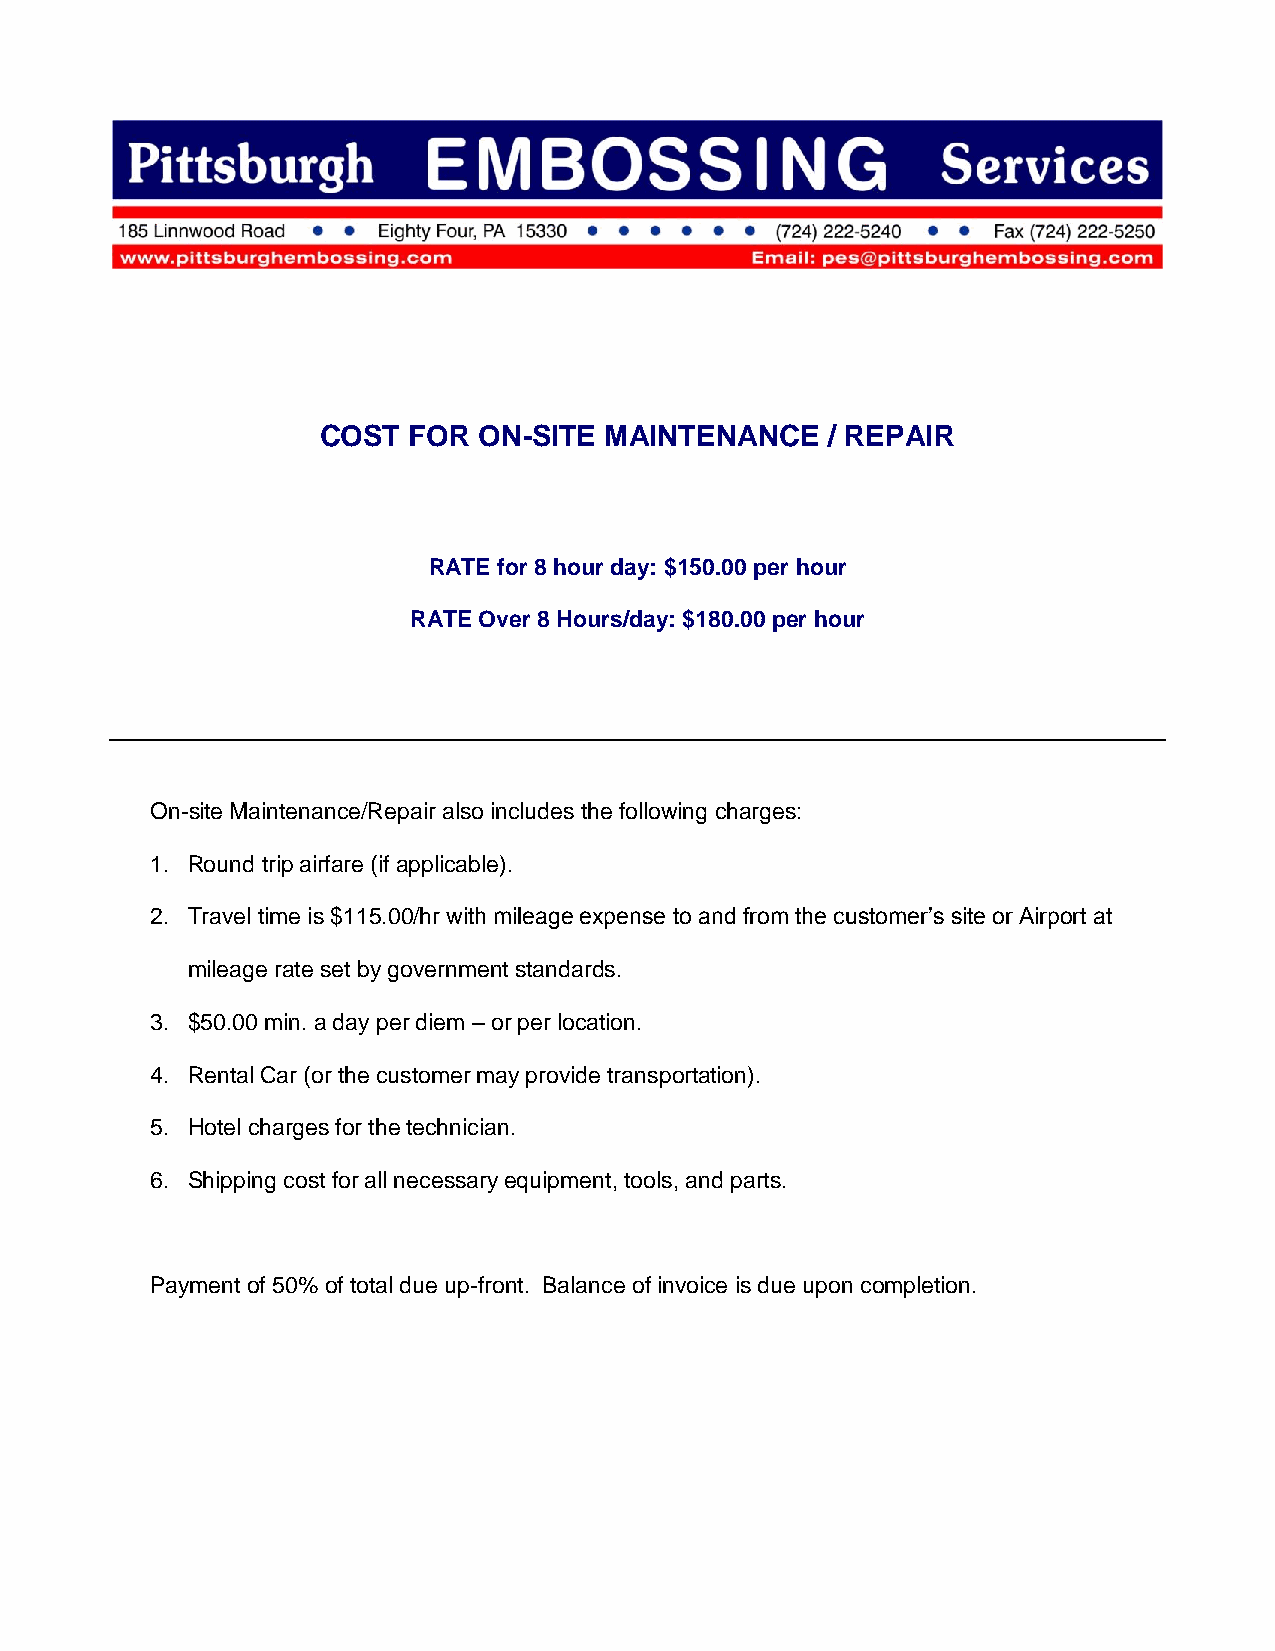
COST  FOR  ON-SITE MAINTENANCE    / REPAIR
 RATE for 8 hour day: $150.00 per hour
 RATE Over 8 Hours/day: $180.00 per hour
 On-site Maintenance/Repair also includes the following charges:
 1. Round trip airfare (if applicable).
 2. Travel time is $115.00/hr with mileage expense to and from the customer’s site or Airport at
 mileage rate set by government standards.
 3. $50.00 min. a day per diem – or per location.
 4. Rental Car (or the customer may provide transportation).
 5. Hotel charges for the technician.
 6. Shipping cost for all necessary equipment, tools, and parts.
 Payment of 50% of total due up-front. Balance of invoice is due upon completion.